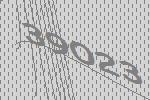
39023